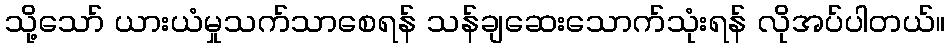
သို့သော် ယားယံမှုသက်သာစေရန် သန်ချဆေးသောက်သုံးရန် လိုအပ်ပါတယ်။